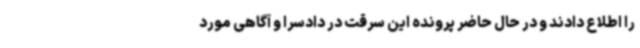
را اطلاع دادند و در حال حاضر پرونده این سرقت در دادسرا و آگاهی مورد